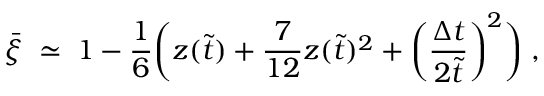
\bar { \xi } \; \simeq \; 1 - \frac { 1 } { 6 } \bigg ( z ( \tilde { t } ) + \frac { 7 } { 1 2 } z ( \tilde { t } ) ^ { 2 } + \bigg ( \frac { \Delta t } { 2 \tilde { t } } \bigg ) ^ { 2 } \bigg ) \; ,